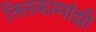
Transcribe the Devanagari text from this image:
तिलकामांझी